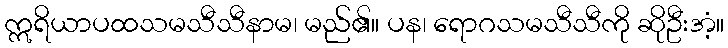
ဣရိယာပထသမသီသီနာမ၊ မည်၏။ ပန၊ ရောဂသမသီသီကို ဆိုဦးအံ့။